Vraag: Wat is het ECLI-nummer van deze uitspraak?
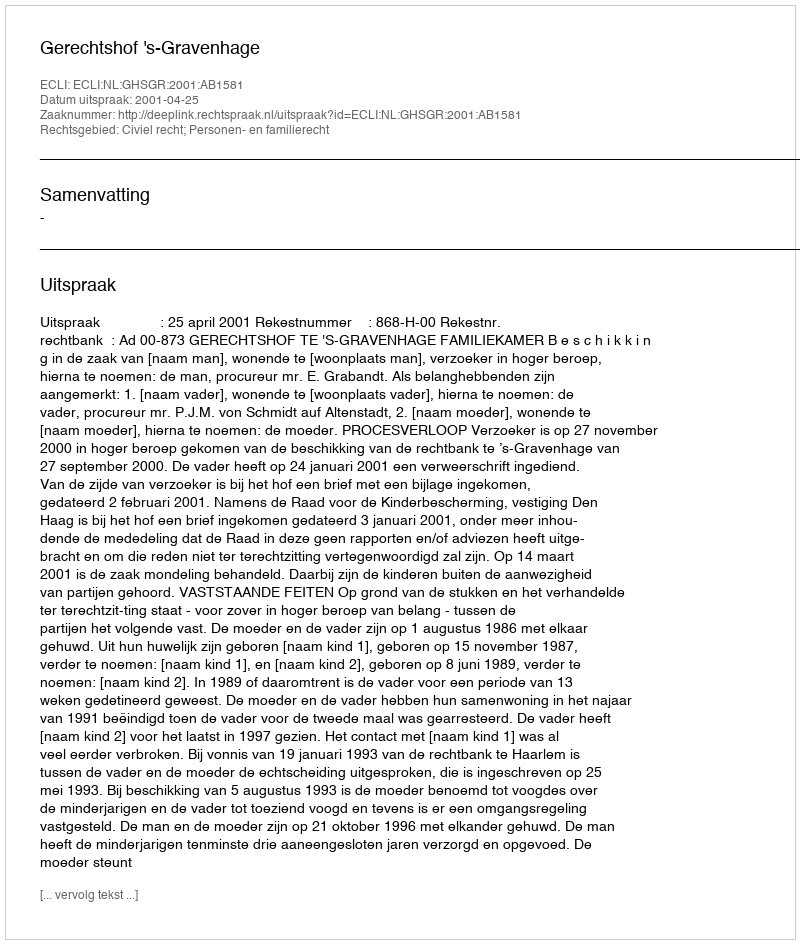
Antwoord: ECLI:NL:GHSGR:2001:AB1581